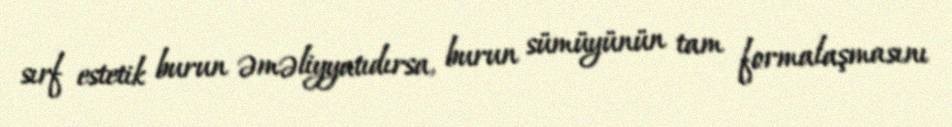
sırf estetik burun əməliyyatıdırsa, burun sümüyünün tam formalaşmasını